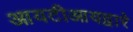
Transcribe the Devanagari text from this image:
आयटीआयद्वारे